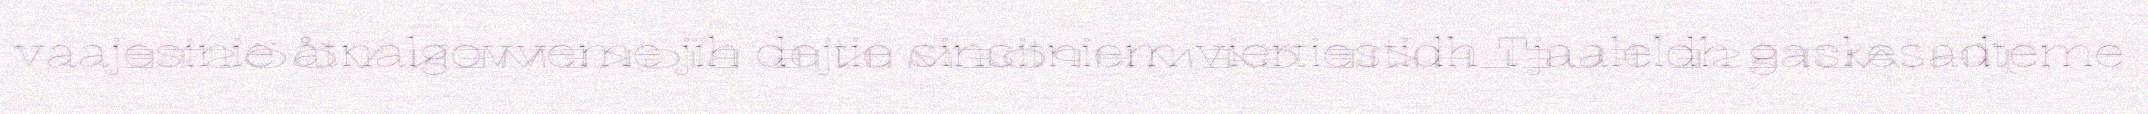
vaajesinie åtnalgovveme jïh dejtie sinsitniem viertiestidh Tjaaleldh gaskesadteme